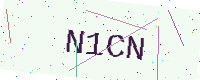
Text: N1CN